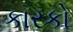
કારકો